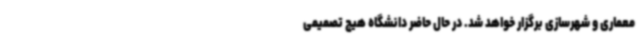
معماری و شهرسازی برگزار خواهد شد. در حال حاضر دانشگاه هیچ تصمیمی